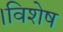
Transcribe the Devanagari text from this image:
।विशेष